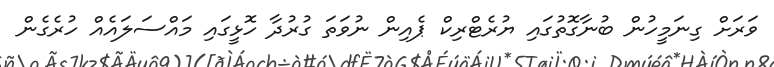
ވަރަށް ގިނަމީހުން ބުނާގޮތުގައި ޔުރެޓްރިކް ޕެއިން ނުވަތަ ގުރުދާ ހޮޅީގައި މައްސަލައެއް ހުރެގެން